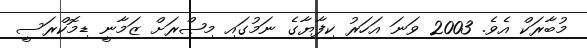
މުބާރަކް އެވެ. 2003 ވަނަ އަހަރު ކިފާޔާގެ ނަމުގައި މިޞްރަށް ޒަމާނީ ޑިމޮކްރަސީ